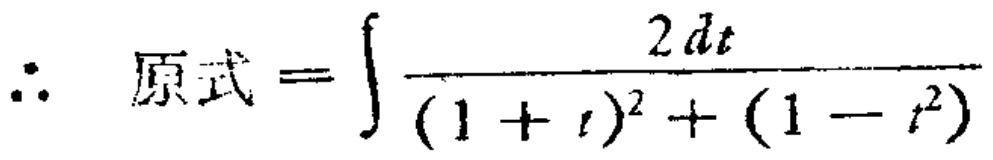
\(\therefore \ 原式=\int \frac{2dt}{(1 + t)^{2}+(1 - t^{2})}\)